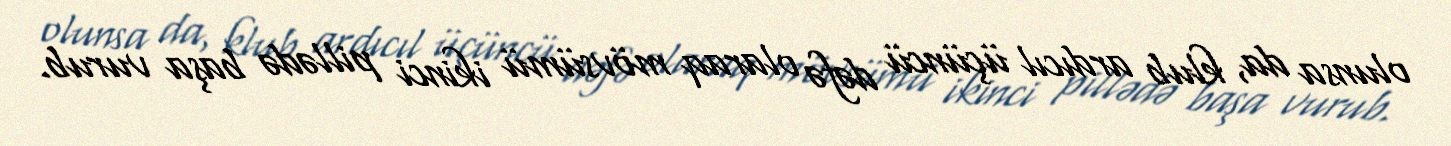
olunsa da, klub ardıcıl üçüncü dəfə olaraq mövsümü ikinci pillədə başa vurub.